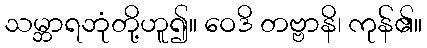
သမ္ဘာရဘုံတို့ဟူ၍။ ဝေဒိ တဗ္ဗာနိ၊ ကုန်၏။